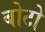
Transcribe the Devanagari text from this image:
बोटो